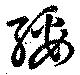
綏